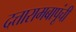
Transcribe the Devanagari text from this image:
दत्तारामबापूंची